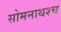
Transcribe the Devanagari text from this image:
सोमनाथश्च